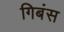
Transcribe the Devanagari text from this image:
गिबंस